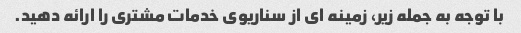
با توجه به جمله زیر، زمینه ای از سناریوی خدمات مشتری را ارائه دهید.